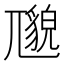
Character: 𱚯